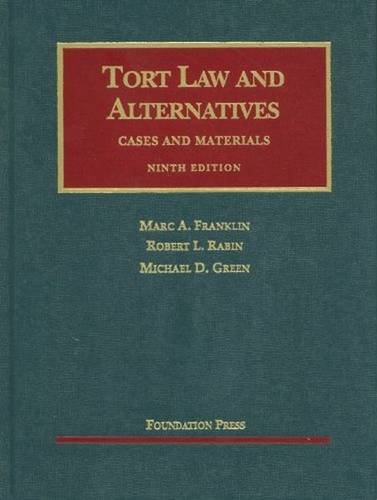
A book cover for Tort Law and Alternatives: Cases and Materials (University Casebook ); Marc A. Franklin; Law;